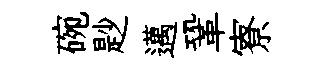
碗尟邁鞏寮